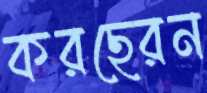
করছেরন